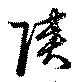
陜